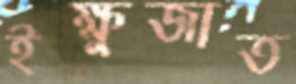
ইক্ষুজাত